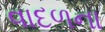
વાદળના